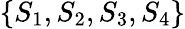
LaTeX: \{ S_{1},S_{2},S_{3},S_{4}\}